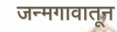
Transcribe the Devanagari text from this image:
जन्मगावातून